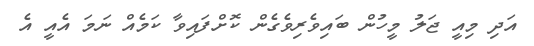
އަދި މިއީ ޖަލު މީހުން ބައިވެރިވެގެން ކޮށްފައިވާ ކަމެއް ނަމަ އެއީ އެ